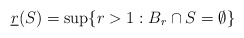
\begin{align*}\underline {r} (S) = \sup \{ r > 1 : B_r \cap S = \emptyset\}\end{align*}